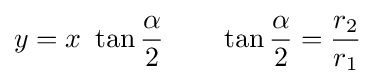
y=x\ \tan {\frac {\alpha }{2}}\qquad \tan {\frac {\alpha }{2}}={\frac {r_{2}}{r_{1}}}